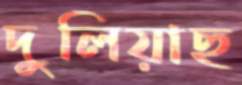
দুলিয়াছ